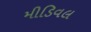
મીડિવલ